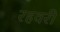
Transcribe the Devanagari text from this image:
रहवरी